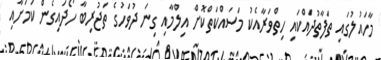
މާހައުލުގައި ތަފާތުދައްކައި ހިތްވަރާއެކު މަސައްކަތްކޮށް އިލްމާއި ގިނަ ދުވަހުގެ ތަޖުރިބާ ހޯދައިގެން ކަމަށާއި